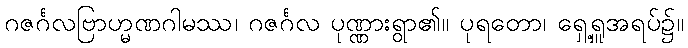
ဂဇင်္ဂလဗြာဟ္မဏဂါမဿ၊ ဂဇင်္ဂလ ပုဏ္ဏားရွာ၏။ ပုရတော၊ ရှေ့ရှူအရပ်၌။